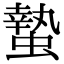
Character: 蟄